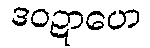
ဒဝဍာဟေ